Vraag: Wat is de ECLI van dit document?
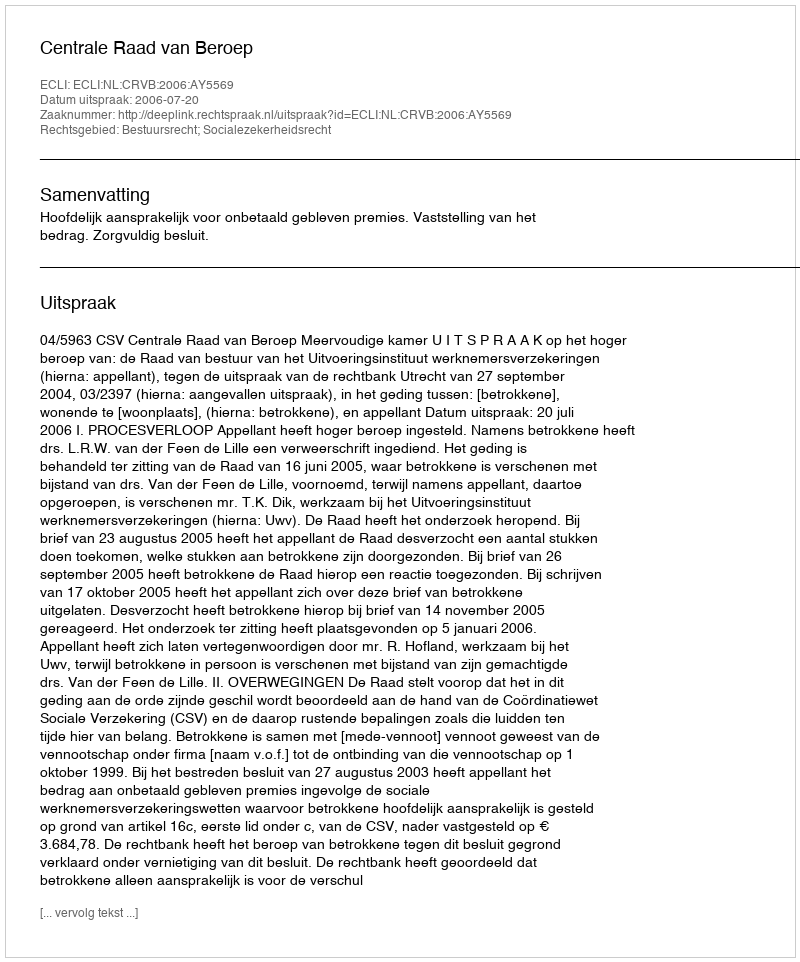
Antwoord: ECLI:NL:CRVB:2006:AY5569